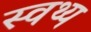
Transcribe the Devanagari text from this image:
स्वथ्य